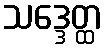
သဒ္ဒေတ္ထ